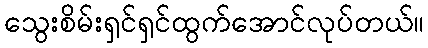
သွေးစိမ်းရှင်ရှင်ထွက်အောင်လုပ်တယ်။